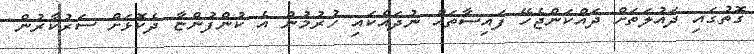
ގޮތުގައި ދައުލަތަށް ދައްކަންޖެހޭ ފައިސާތައް ނުދައްކައި ހުރުމުން އެ ކުންފުންޏާ ދެކޮޅަށް ސަރުކާރުން